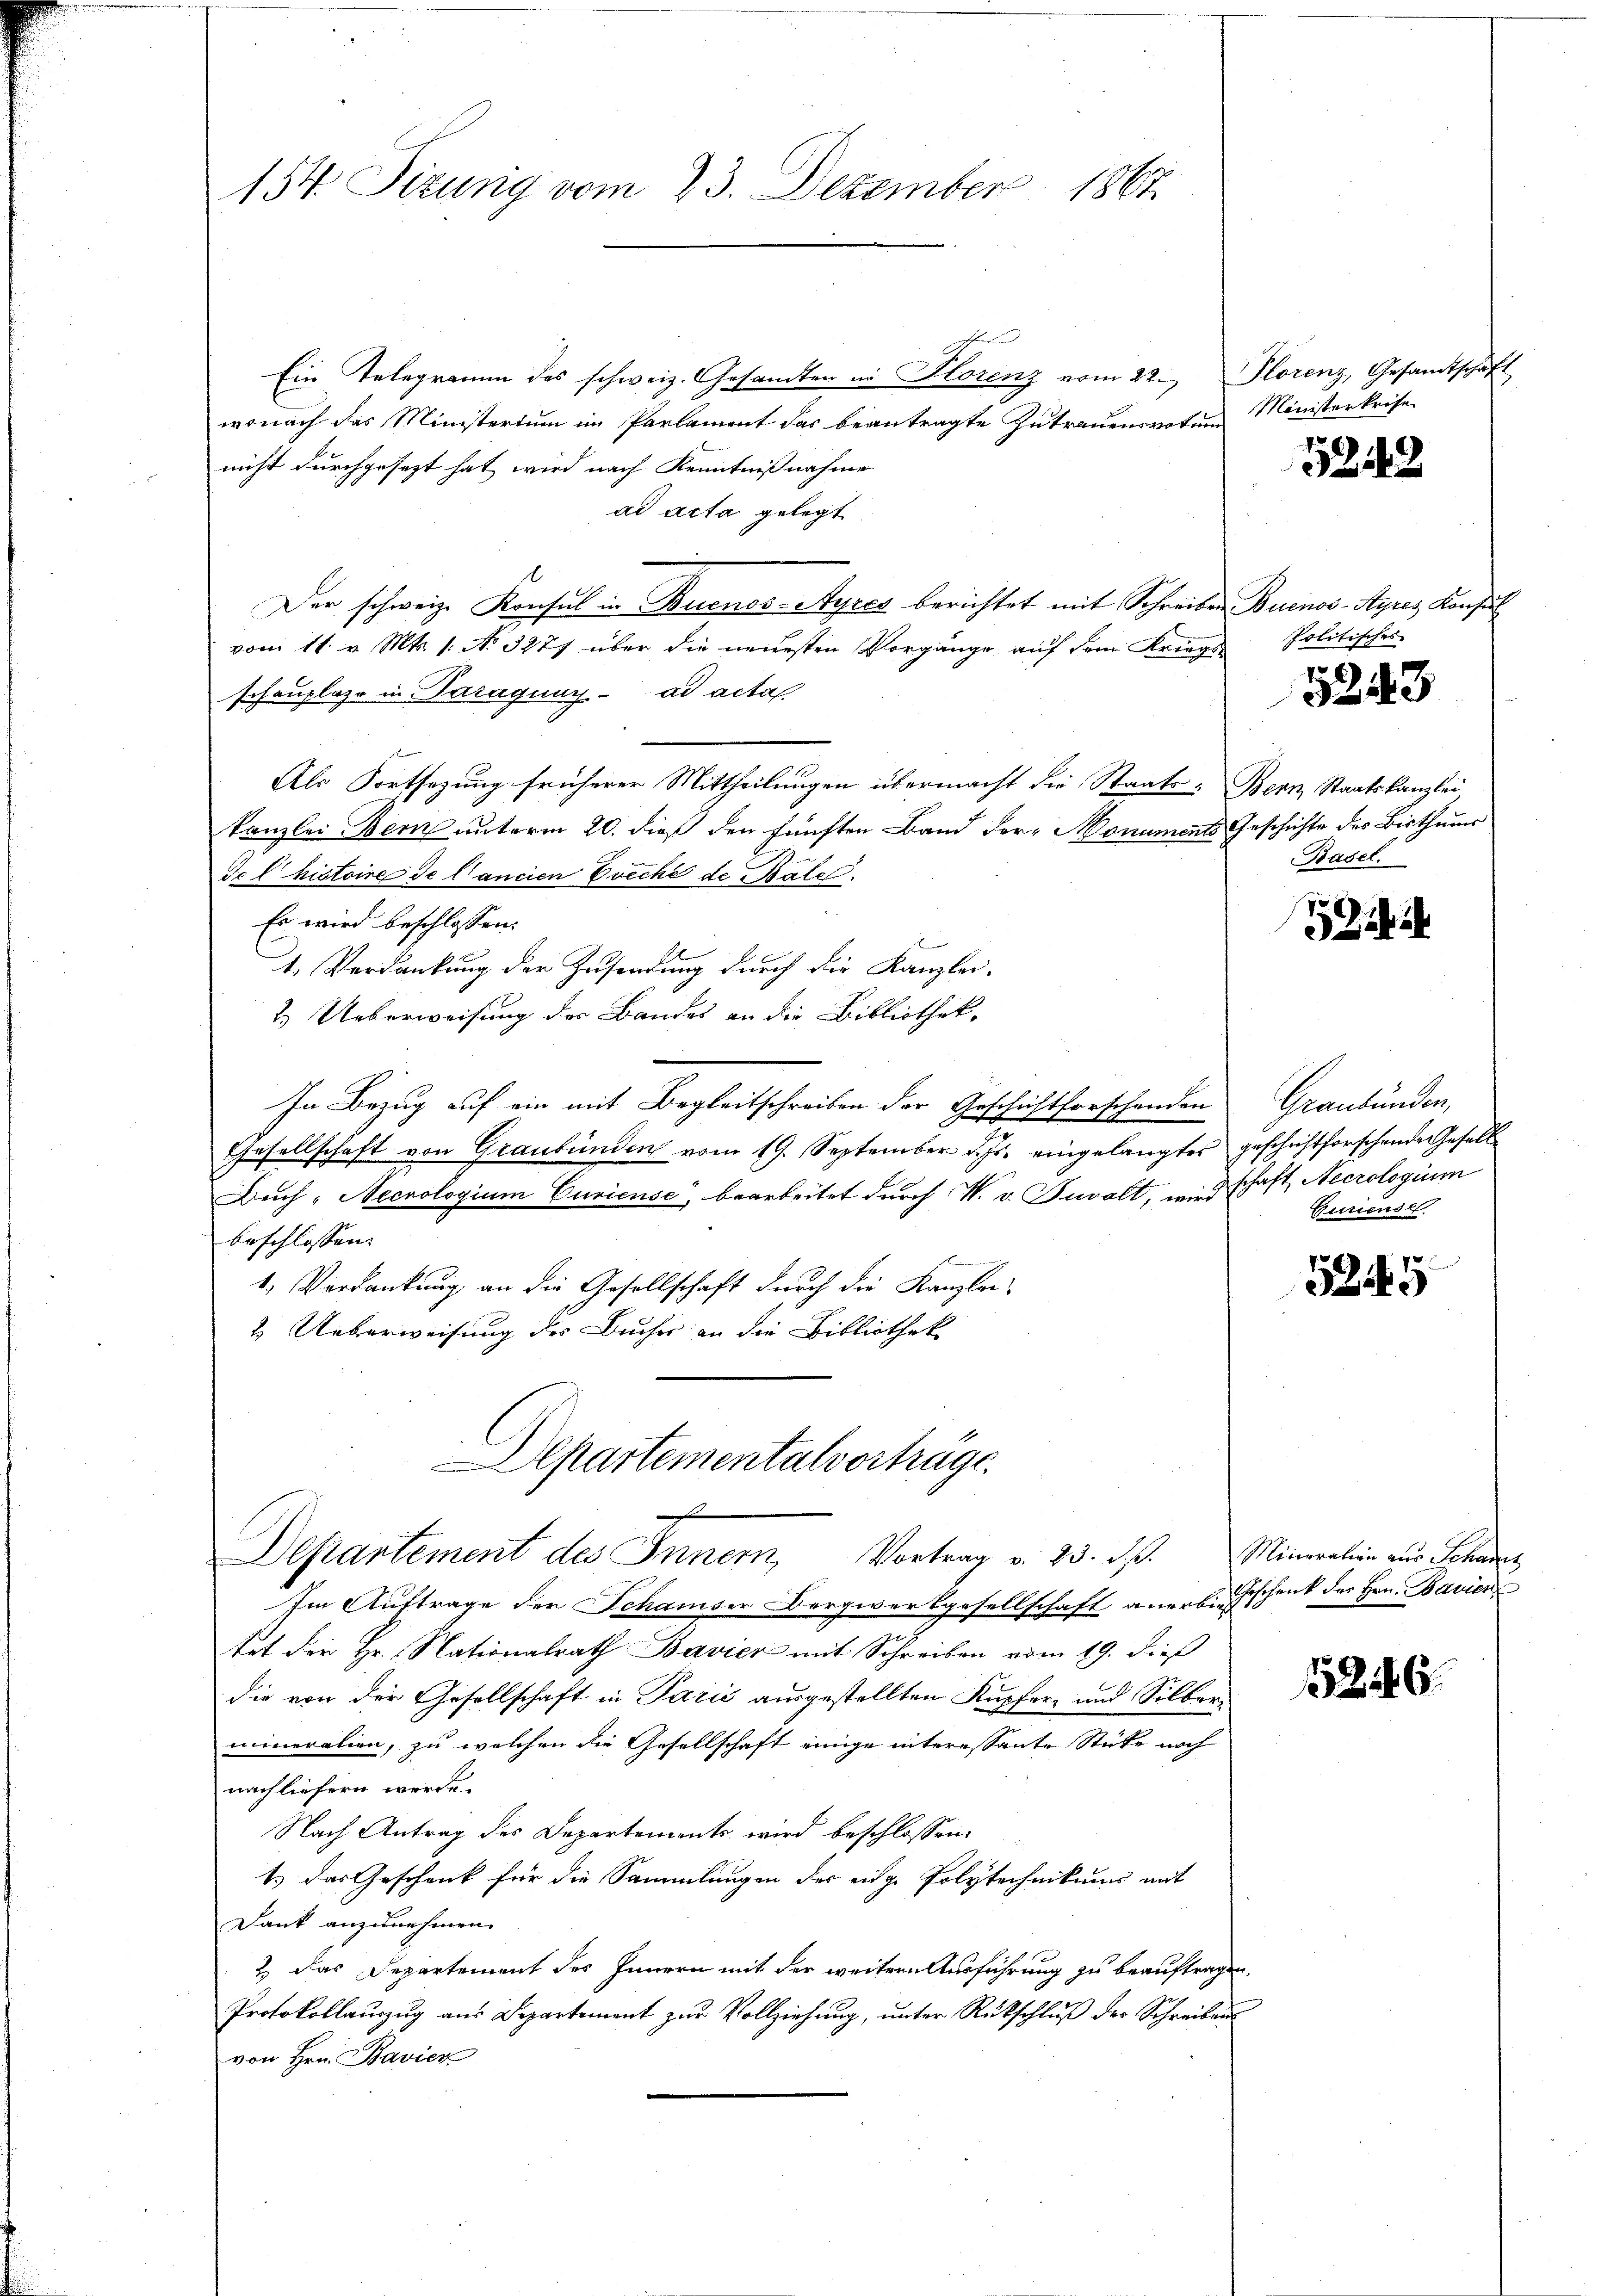
154 Tizung vom 23. Dezember 1867

e
Ein Telegramm des schweiz. Gesandten in Florenz vom 22. Florenz, Gesandtschaft
wonach das Ministerium im Parlament das beantragte Zutrauen votum Ministerkrise
nicht durchgesezt hat wird nach Kenntnißnahme
ad acta gelegt
Der schweiz. Konsul in Buenos-Ayres berichtet mit Schreiben Buenos-Ayres Konsul
vom 11. v. Mts. 1. No. 3277 über die neuesten Vorgänge auf dem Kriegsschauplage in Paragung ad acta.
Als Fortsezung früherer Mittheilungen übermacht die Staats-Bern, Staatskanzlei,
kanzlei Bern unterm 20. dieß den fünften Band der Monuments Geschichte des Bisthaus
Sel histoire de l’ancien Ereche de Pate
Es wird beschlossen:
E
1. Verdankung der Zusendung durch die Kanzlei-
2. Ueberweisung der Bandes an die Bibliothek-
In Bezug auf ein mit Begleitschreiben der Geschichtforschenden
Gesellschaft von Graubünden vom 19. September d. Js. eingelangtes geschichtforschende Gesell
Buch „Necnologium Curiense bearbeitet durch W. v. Tuvalt, wird schaft, Necrologium
beschlossen:
1. Verdankung an die Gesellschaft durch die Kanzlei-
2. Ueberweisung des Bucher an die Bibliothek
Departementalvorträge

Departement des Innern, Vortrag v. 23. ds. Mineralien aus Schwer

Im Auftrage der Schamser Bergwerkgesellschaft aners. Geschenk der Hrn. Bavien
tet der Hr. Nationalrath Bavier mit Schreiben vom 19. dieß
die von der Gesellschaft in Paris ausgestellten Kupfer- und Silbermineralien, zu welchen die Gesellschaft einige interessante Stücke noch
nachliefern werde.
Nach Antrag des Departements wird beschlossen:
Es das Geschenk für die Sammlungen der eige Polytechnikums mit
Dank anzunehmen.
2. Das Departement des Innern mit der weitere Ausführung zu beauftragen,
Protokollaŭszŭg aŭs Departement zŭr Vollziehŭng ŭnter Rückschlŭβ des Schreibens
von Hrn. Bavier

5242

Politisches
Basel.

5243

1 ibi

Graubünden,
Curienst

5245

126